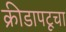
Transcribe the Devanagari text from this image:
क्रीडापटूचा